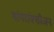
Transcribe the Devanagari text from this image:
थांयरांक्सीजन